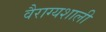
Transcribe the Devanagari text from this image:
वैराग्यशाली